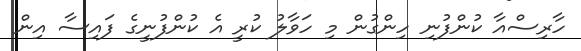
ހާރިސްއާ ކުންފުނި ހިންގުން މި ހަވާލު ކުރީ އެ ކުންފުނީގެ ފައިސާ އިން